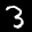
Label: 3